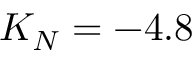
K _ { N } = - 4 . 8